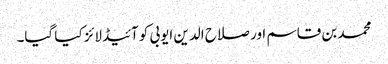
محمد بن قاسم اور صلاح الدین ایوبی کو آئیڈلائز کیا گیا۔